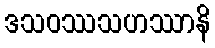
ဒသဝဿသဟဿာနိ